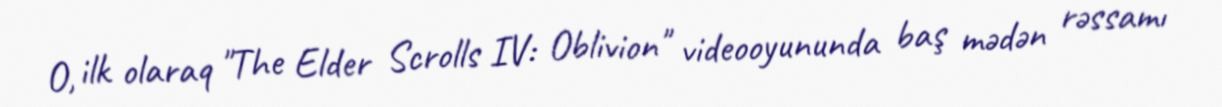
O, ilk olaraq "The Elder Scrolls IV: Oblivion" videooyununda baş mədən rəssamı